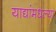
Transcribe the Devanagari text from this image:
याद्यांमधल्या